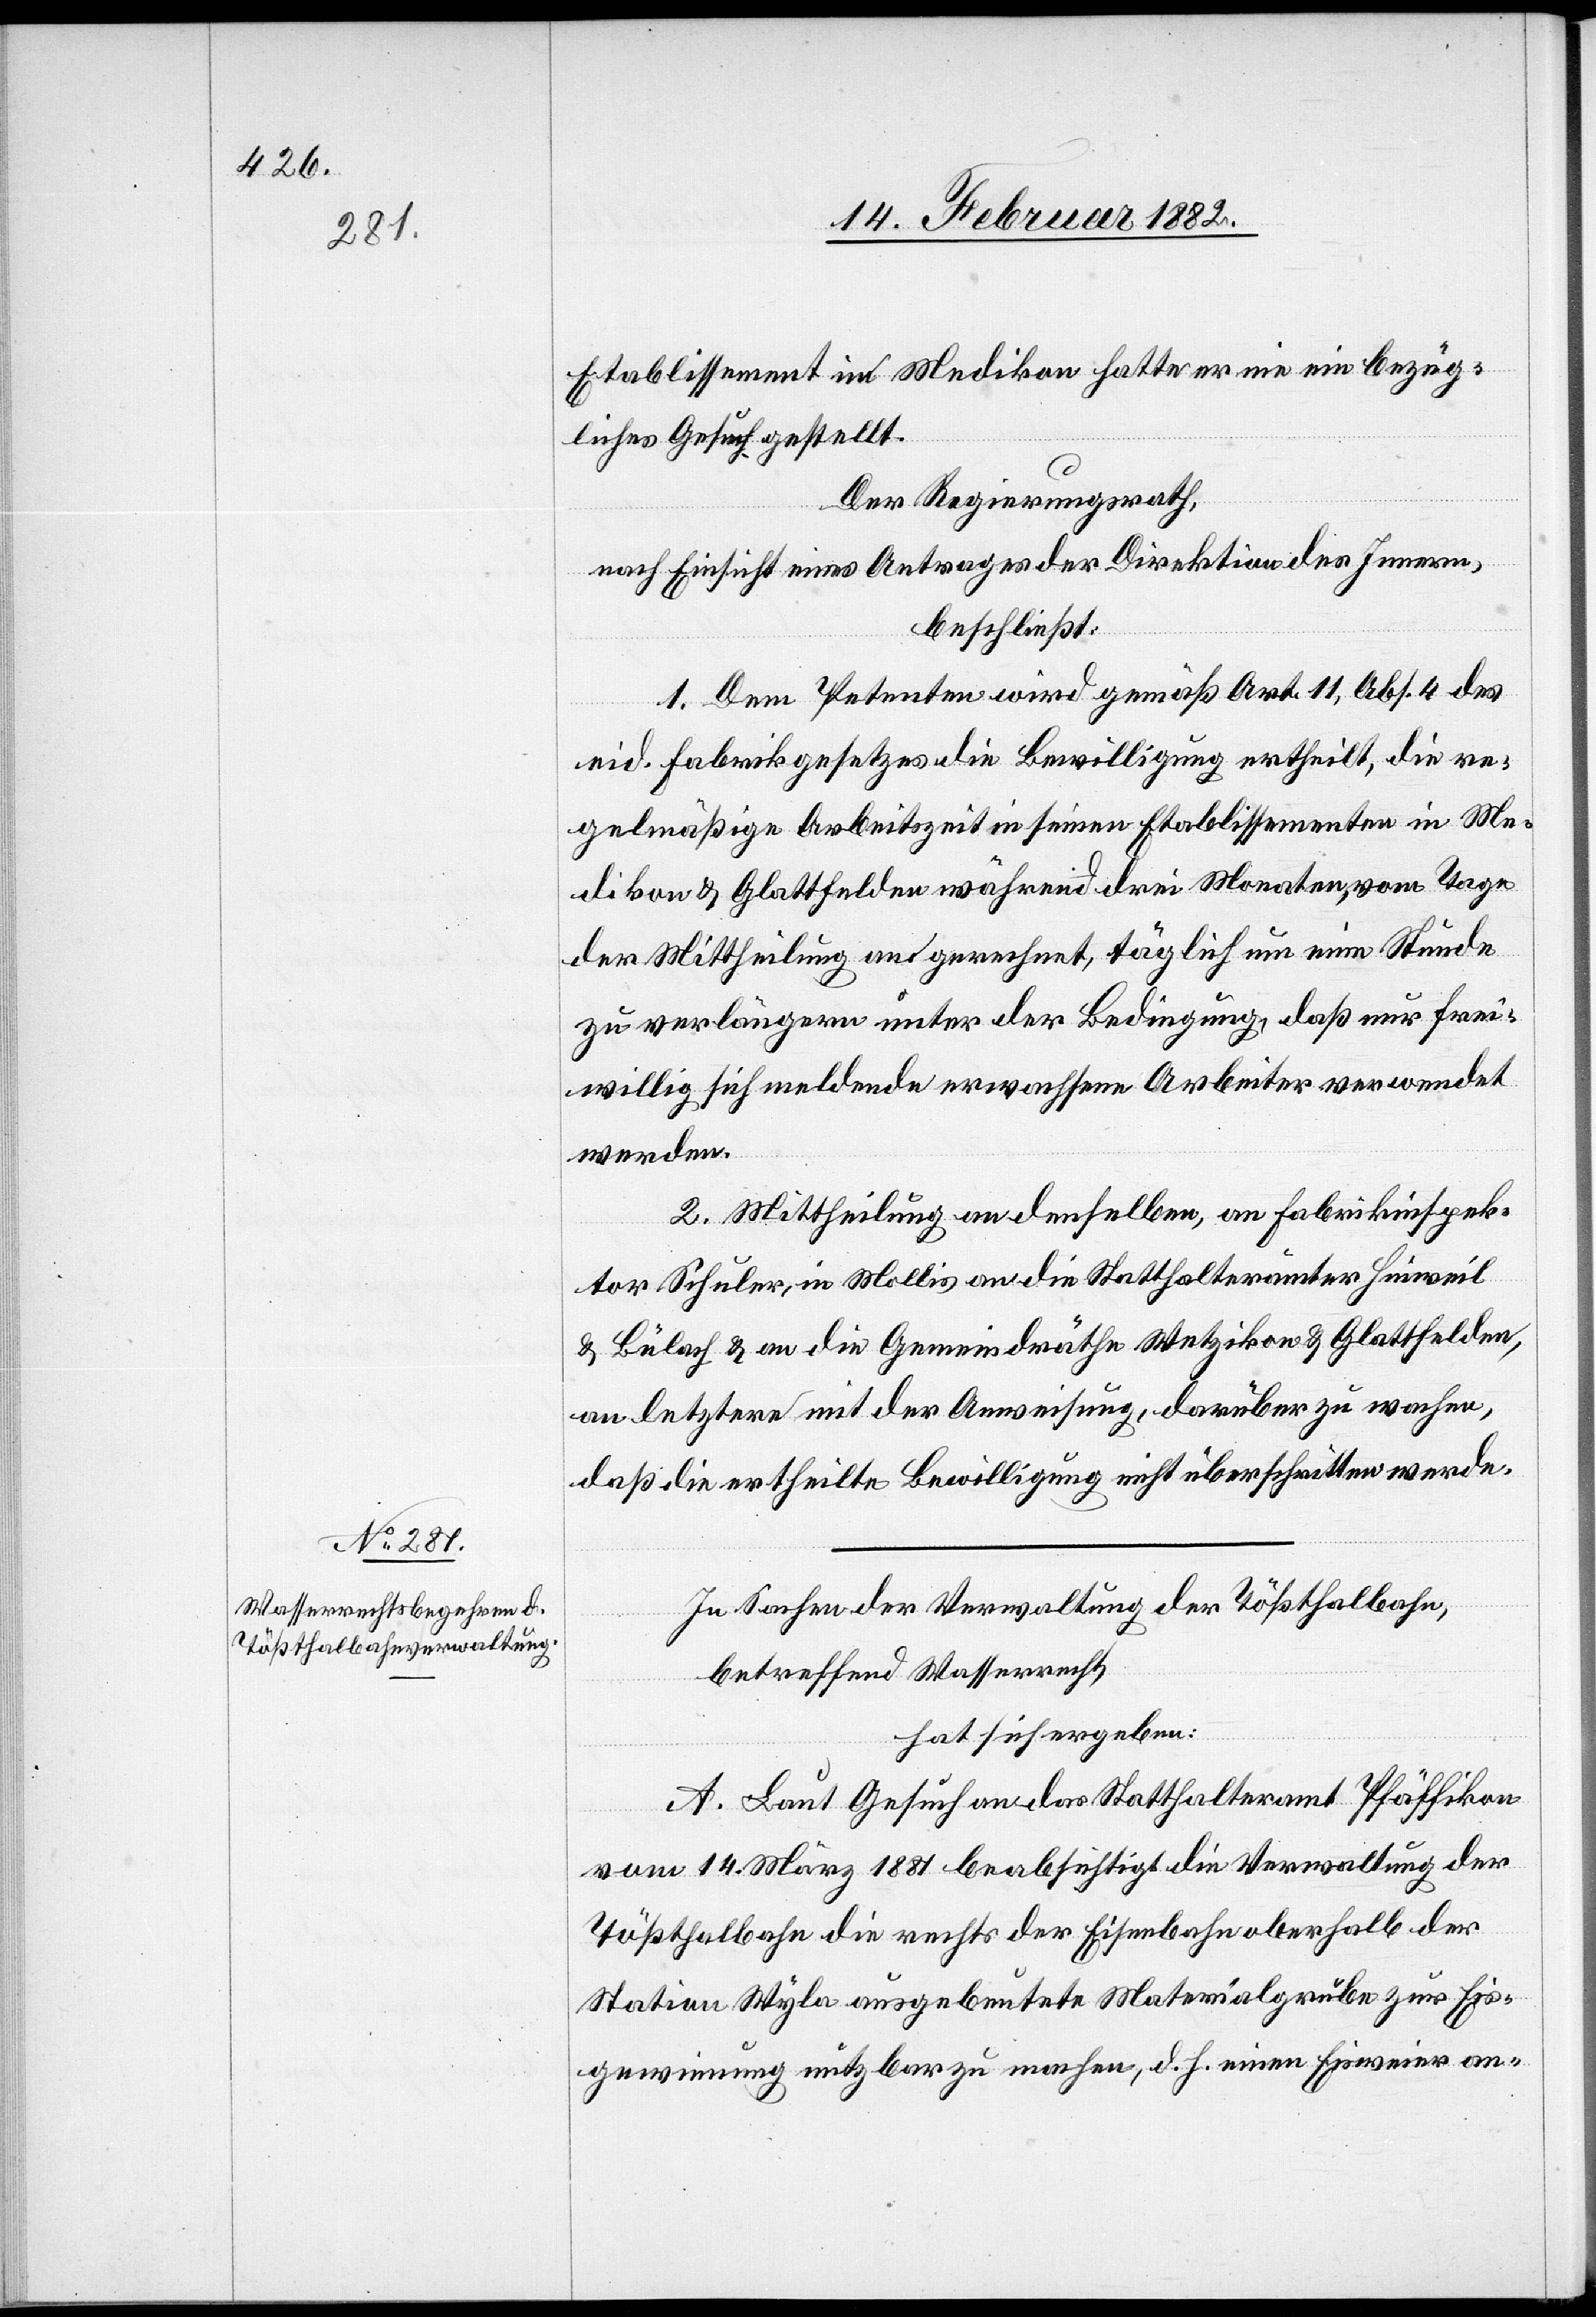
Etablissement in Medikon hatte er nie ein bezüg¬
liches Gesuch gestellt.
Der Regierungsrath,
nach Einsicht eines Antrages der Direktion des Innern,
beschließt:
1. Dem Petenten wird gemäß Art. 11, Abs. 4 des
eid. Fabrikgesetzes die Bewilligung ertheilt, die re¬
gelmäßige Arbeitszeit in seinen Etablissementen in Me¬
dikon & Glattfelden während drei Monaten, vom Tage
der Mittheilung an gerechnet, täglich um eine Stunde
zu verlängern unter der Bedingung, daß nur frei¬
willig sich meldende erwachsene Arbeiter verwendet
werden.
2. Mittheilung an denselben, an Fabrikinspek¬
tor Schuler, in Mollis an die Statthalterämter Hinweil
& Bülach & an die Gemeindräthe Wetzikon & Glattfelden,
an letztere mit der Anweisung, darüber zu wachen,
daß die ertheilte Bewilligung nicht überschritten werde.
In Sachen der Verwaltung der Tößthalbahn,
betreffend Wasserrecht,
hat sich ergeben:
A. Laut Gesuch an das Statthalteramt Pfäffikon
vom 14. März 1881 beabsichtigt die Verwaltung der
Tößthalbahn die rechts der Eisenbahn oberhalb der
Station Wyla ausgebeutete Materialgrube zur Eis¬
gewinnung nutzbar zu machen, d. h. einen Eisweier an-